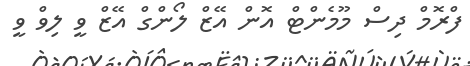
ފްރޮމް ދިސް މޫމެންޓް އޮން އޭޒް ލޯންގް އޭޒް ވީ ލިވް ވީ